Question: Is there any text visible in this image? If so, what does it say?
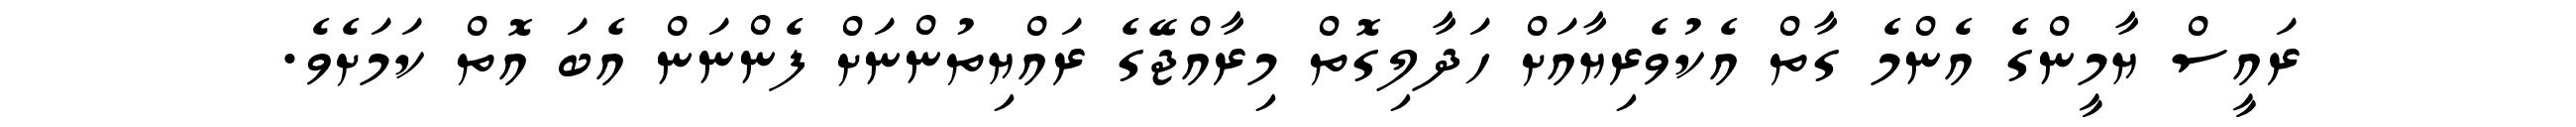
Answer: ރައީސް ޔާމީންގެ އެންމެ ގާތް އެކުވެރިޔާއަށް ހަދާލިގޮތް މިރާއްޖޭގެ ރައްޔިތުންނަށް ފެންނަން އެބަ އޮތް ކަމަށެވެ.